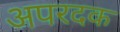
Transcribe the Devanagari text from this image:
अपरदक